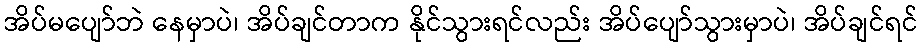
အိပ်မပျော်ဘဲ နေမှာပဲ၊ အိပ်ချင်တာက နိုင်သွားရင်လည်း အိပ်ပျော်သွားမှာပဲ၊ အိပ်ချင်ရင်